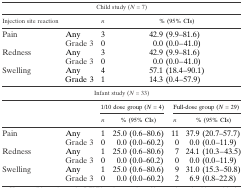
| <COLSPAN=6> Child study (N = 7) |
 | Injection site reaction |  | n | <COLSPAN=3> % (95% CIs) |
 | --- | --- | --- | --- | --- | --- |
 | <ROWSPAN=2> Pain | Any | 3 | <COLSPAN=3> 42.9 (9.9–81.6) |
 | Grade 3 | 0 | <COLSPAN=3> 0.0 (0.0–41.0) |
 | <ROWSPAN=2> Redness | Any | 3 | <COLSPAN=3> 42.9 (9.9–81.6) |
 | Grade 3 | 0 | <COLSPAN=3> 0.0 (0.0–41.0) |
 | Swelling | Any | 4 | <COLSPAN=3> 57.1 (18.4–90.1) |
 |  | Grade 3 | 1 | <COLSPAN=3> 14.3 (0.4–57.9) |
 | <COLSPAN=6> Infant study (N = 33) |
 |  |  | <COLSPAN=2> 1/10 dose group (N = 4) | <COLSPAN=2> Full-dose group (N = 29) |
 |  |  | n | % (95% CIs) | n | % (95% CIs) |
 | <ROWSPAN=2> Pain | Any | 1 | 25.0 (0.6–80.6) | 11 | 37.9 (20.7–57.7) |
 | Grade 3 | 0 | 0.0 (0.0–60.2) | 0 | 0.0 (0.0–11.9) |
 | <ROWSPAN=2> Redness | Any | 1 | 25.0 (0.6–80.6) | 7 | 24.1 (10.3–43.5) |
 | Grade 3 | 0 | 0.0 (0.0–60.2) | 0 | 0.0 (0.0–11.9) |
 | <ROWSPAN=2> Swelling | Any | 1 | 25.0 (0.6–80.6) | 9 | 31.0 (15.3–50.8) |
 | Grade 3 | 0 | 0.0 (0.0–60.2) | 2 | 6.9 (0.8–22.8) |